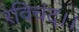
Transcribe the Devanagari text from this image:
रविचंद।।